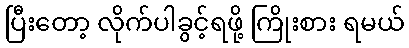
ပြီးတော့ လိုက်ပါခွင့်ရဖို့ ကြိုးစား ရမယ်